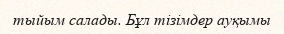
тыйым салады. Бұл тізімдер ауқымы